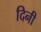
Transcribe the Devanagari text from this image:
दिनी